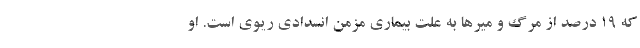
که ۱۹ درصد از مرگ و میرها به علت بیماری مزمن انسدادی ریوی است. او